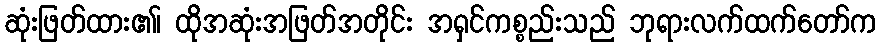
ဆုံးဖြတ်ထား၏၊ ထိုအဆုံးအဖြတ်အတိုင်း အရှင်ကစ္စည်းသည် ဘုရားလက်ထက်တော်က